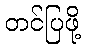
တင်ပြဖို့